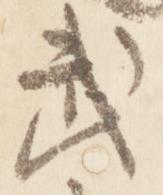
武